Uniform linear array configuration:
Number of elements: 4
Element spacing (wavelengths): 1
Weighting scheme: blackman
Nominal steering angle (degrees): -60
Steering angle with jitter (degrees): -59.566
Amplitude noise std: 0.05
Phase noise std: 0.05

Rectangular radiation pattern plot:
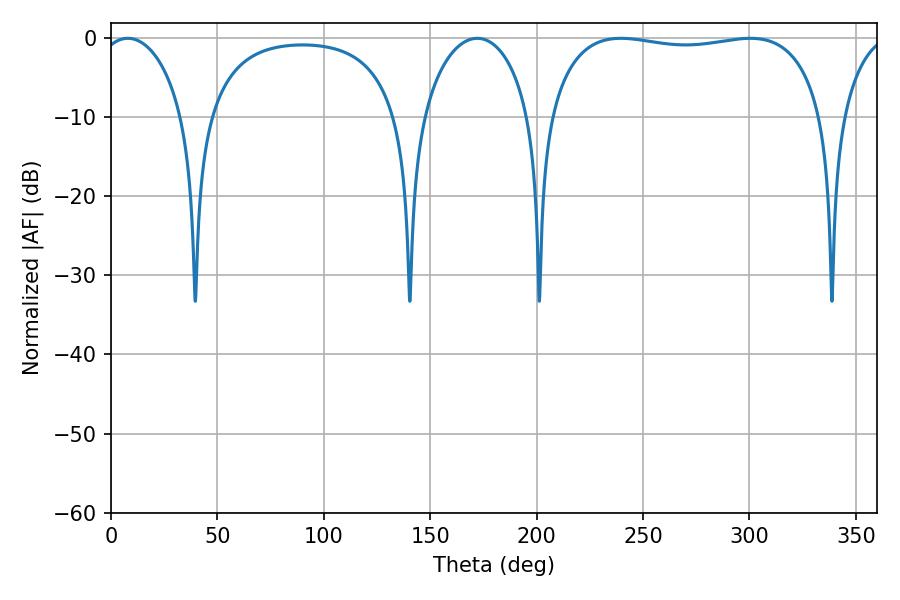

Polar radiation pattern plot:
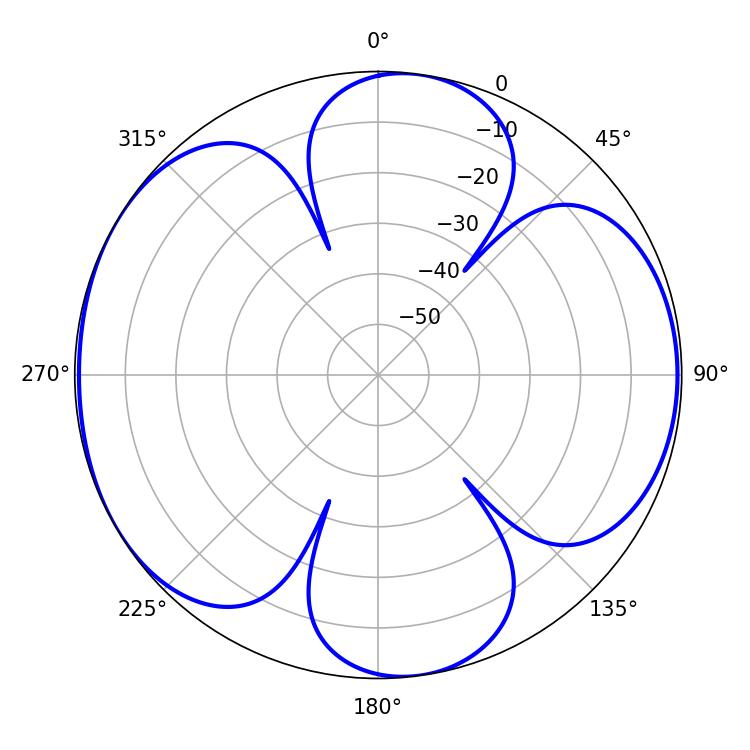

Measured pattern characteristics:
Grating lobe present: TRUE
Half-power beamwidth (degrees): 104.4
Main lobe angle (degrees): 239.58